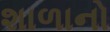
શાળાનો